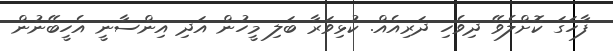
ފާހަގަ ކޮށްލެވޭ ދިވެހި ދަރިއެއް. ކުޅިވަރާ ބަލި މީހުން އަދި އިންސާނީ އެހީބޭނުން